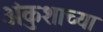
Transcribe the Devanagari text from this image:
अंकुशाच्या